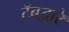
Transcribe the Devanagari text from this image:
टॅबद्वारे